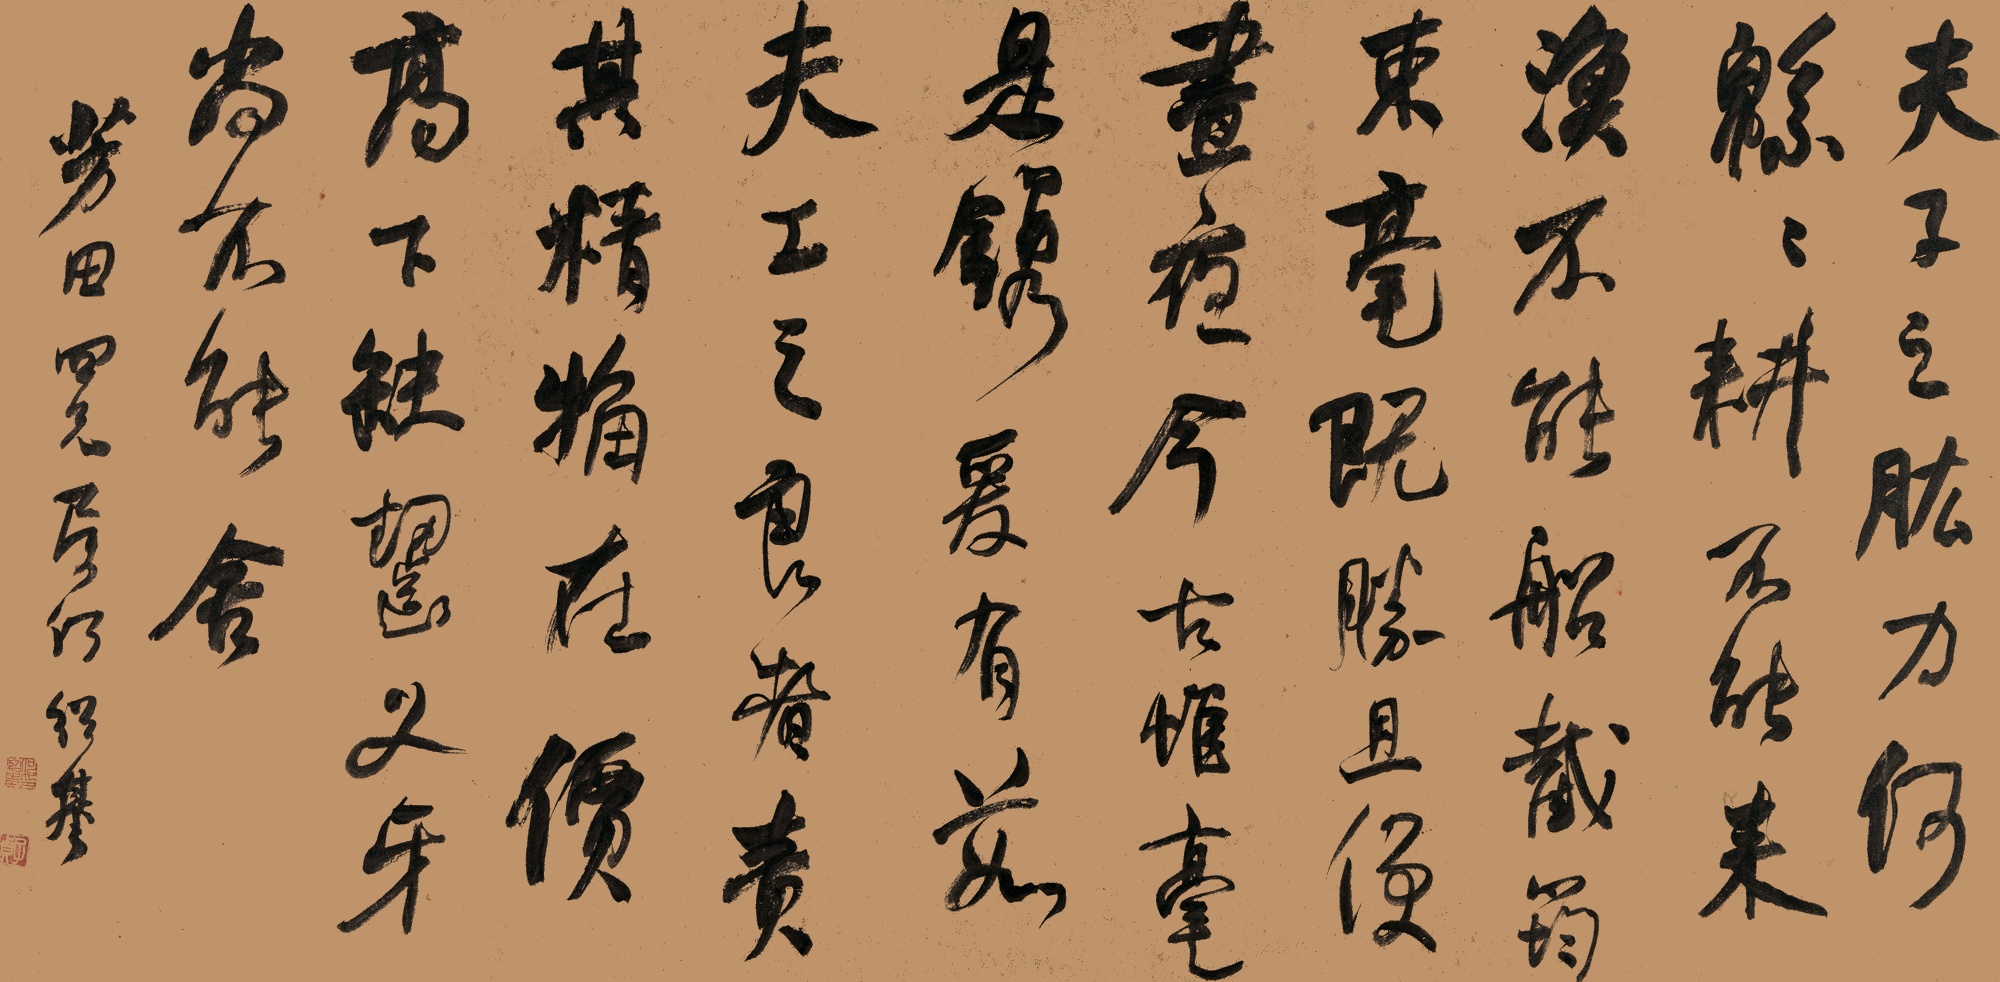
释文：夫子之肱，力何绵绵。耕不能耒，渔不能船。截筠束毫，既胜且便。昼夜今古，惟毫是镌。爰有茹夫，工之良者。责其精粗，在价高下。缺啮义牙，尚不能舍。芳田四兄属，何绍基。